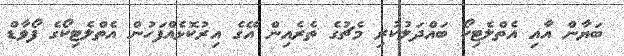
ބަޔާން އާއި އެތްލެޓިކޯ ބައްދަލުކުރި މެޗުގެ ތެރެއިން އޭގެ އިރުކޮޅެއްފަހުން އެތްލެޓިކޯގެ ފޯވާޑް